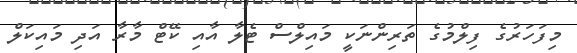
މިފަހަރުގެ ފިލްމުގެ ތަރިންނަކީ މައިލްސް ޓެލާ އާއި ކޭޓް މާރާ އަދި މައިކަލް